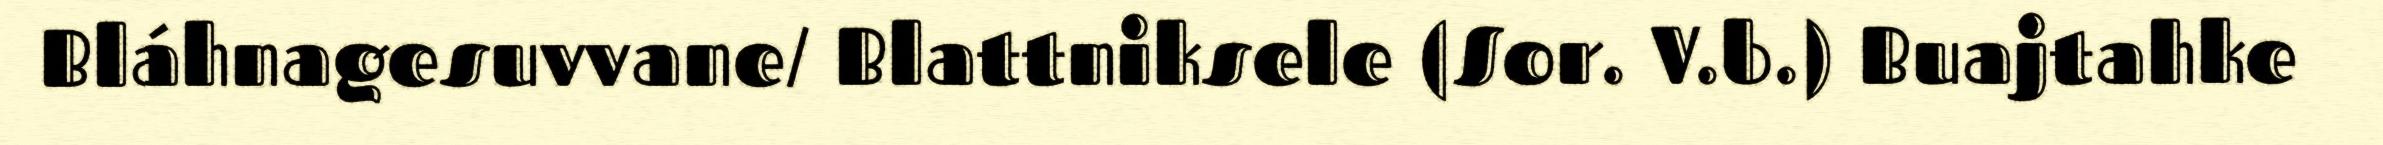
Bláhnagesuvvane/ Blattniksele (Sor. V.b.) Buajtahke